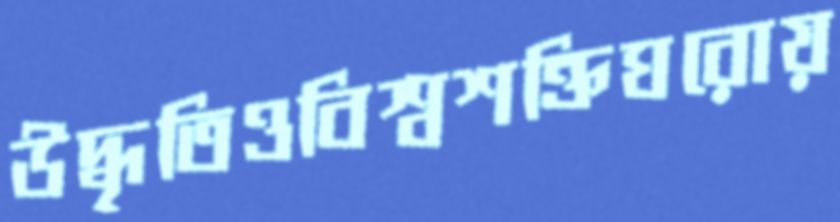
উদ্ধৃতিওবিশ্বশক্তিঘরোয়